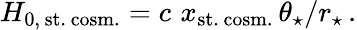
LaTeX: H_{0,\, \mathrm{st.\, cosm.}}=c\, \, x_{\mathrm{st.\, cosm.}}\, \theta_{\star}/r_{\star}\, .